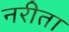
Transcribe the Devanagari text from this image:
नरीता